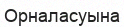
Орналасуына